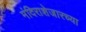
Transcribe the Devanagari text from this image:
मंदिराशेजारच्या